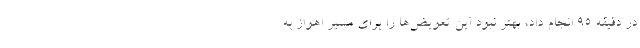
در دقیقه 95 انجام داد، بهتر نبود این تعویض‌ها را برای مسیر اهواز به